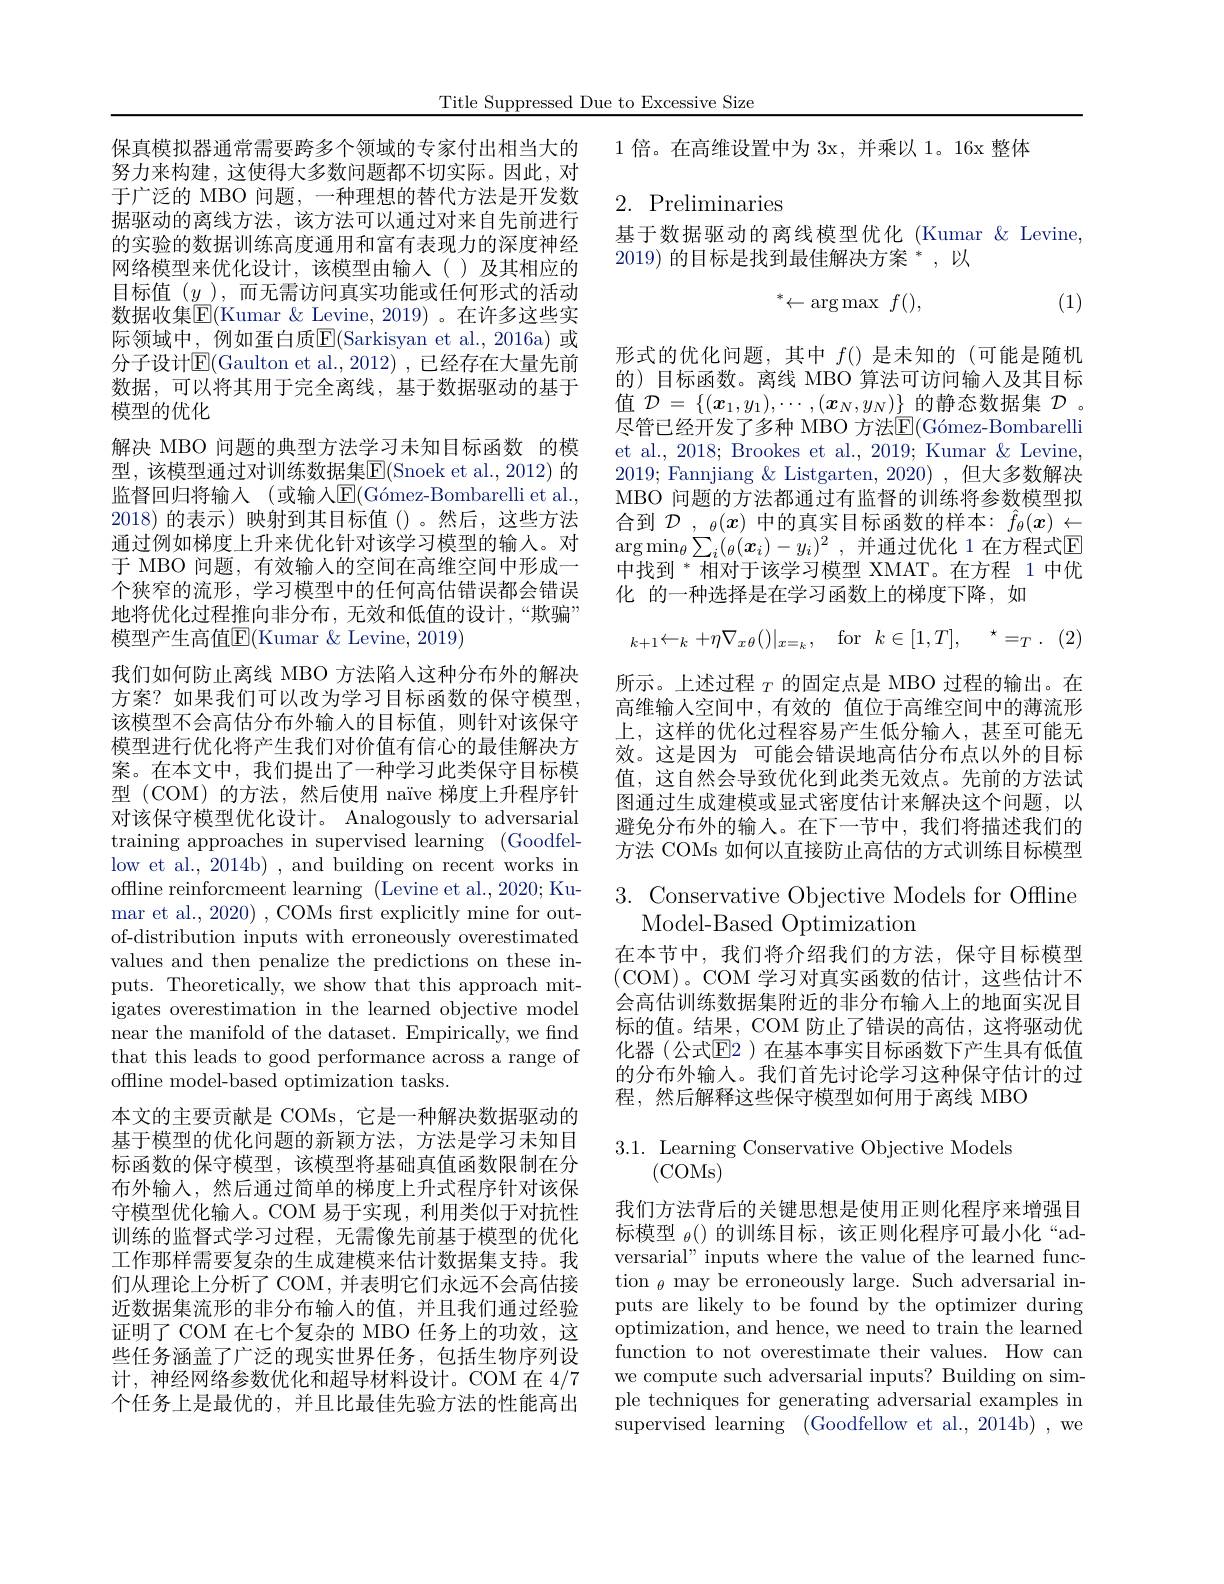
Title Suppressed Due to Excessive Size

1倍。在高维设置中为 3x, 并乘以 1。16x 整体

## 2. Preliminaries

基于数据驱动的离线模型优化 (Kumar & Levine,
$2019)\text{ 的目标是找到最佳解决方案}^*$,以
$$^*\leftarrow\arg\max\:f(),$$
(1)

形式的优化问题，其中$f()$是未知的 (可能是随机的)目标函数。离线 MBO 算法可访问输入及其目标值$\mathcal{D}=\{(x_1,y_1),\cdots,(\boldsymbol{x}_N,y_N)\}$的静态数据集$\mathcal{D}$ 。尽管已经开发了多种 MBO 方法$\mathbb{E} ( \text{G\' {o}mez- Bombarelli}$ et al., 2018; Brookes et al., 2019; Kumar & Levine, 2019; Fannjiang & Listgarten, 2020) ,但大多数解决MBO 问题的方法都通过有监督的训练将参数模型拟合到$\mathcal{D}_\mathrm{~,~\theta}(x)$中的真实目标函数的样本：$\hat{f}_\theta(x)\leftarrow$ $\arg \min _\theta \sum _i( _\theta ( x_i) - y_i) ^2$ ,并通过优化 1 在方程式E 中找到“相对于该学习模型 XMAT。在方程 1 中优化 的一种选择是在学习函数上的梯度下降，如
$$_{k+1}\leftarrow_{k}+\eta\nabla_{x\theta}()|_{x=_{k}},\quad\mathrm{for}\:k\in[1,T],\quad^{\star}=_{T}.$$
所示。上述过程$_T$的固定点是 MBO 过程的输出。在高维输人空间中，有效的 值位于高维空间中的薄流形上，这样的优化过程容易产生低分输入，甚至可能无效。这是因为 可能会错误地高估分布点以外的目标值，这自然会导致优化到此类无效点。先前的方法试图通过生成建模或显式密度估计来解决这个问题，以避免分布外的输入。在下一节中，我们将描述我们的方法 COMs 如何以直接防止高估的方式训练目标模型

保真模拟器通常需要跨多个领域的专家付出相当大的努力来构建，这使得大多数问题都不切实际。因此，对于广泛的 MBO 问题，一种理想的替代方法是开发数据驱动的离线方法，该方法可以通过对来自先前进行的实验的数据训练高度通用和富有表现力的深度神经网络模型来优化设计，该模型由输入()及其相应的目标值$(y$ ),而无需访问真实功能或任何形式的活动数据收集$\boxed{\mathrm{F}}($Kumar & Levine, 2019) 。在许多这些实际领域中，例如蛋白质$\boxed{\mathrm{F}}($Sarkisyan et al.,2016a) 或分子设计$\mathbb{E}($Gaulton et al.,2012),已经存在大量先前数据，可以将其用于完全离线，基于数据驱动的基于模型的优化
解决 MBO 问题的典型方法学习未知目标函数 的模型，该模型通过对训练数据集$\boxed{\mathrm{E}}($Snoek et al.,2012)的监督回归将输入 (或输人$\operatorname { E} ( \text{G\' {o}mez- Bombarellietal. }$, 2018)的表示)映射到其目标值()。然后，这些方法通过例如梯度上升来优化针对该学习模型的输人。对于 MBO 问题，有效输入的空间在高维空间中形成一个狭窄的流形，学习模型中的任何高估错误都会错误地将优化过程推向非分布，无效和低值的设计，“欺骗” 模型产生高值$\mathbb{E}($Kumar &Levine, 2019)
我们如何防止离线 MBO 方法陷人这种分布外的解决方案？如果我们可以改为学习目标函数的保守模型， 该模型不会高估分布外输入的目标值，则针对该保守模型进行优化将产生我们对价值有信心的最佳解决方案。在本文中，我们提出了一种学习此类保守目标模型 (COM)的方法，然后使用 naïve 梯度上升程序针对该保守模型优化设计。Analogously to adversarial training approaches in supervised learning (Goodfellow et al., 2014b) , and building on recent works in offline reinforcmeent learning (Levine et al., 2020; Kumar et al., 2020) , COMs first explicitly mine for outof-distribution inputs with erroneously overestimated values and then penalize the predictions on these inputs. Theoretically, we show that this approach mitigates overestimation in the learned objective model near the manifold of the dataset. Empirically, we find that this leads to good performance across a range of offline model-based optimization tasks.
本文的主要贡献是 COMs, 它是一种解决数据驱动的基于模型的优化问题的新颖方法，方法是学习未知目标函数的保守模型，该模型将基础真值函数限制在分布外输入，然后通过简单的梯度上升式程序针对该保守模型优化输人。COM 易于实现，利用类似于对抗性训练的监督式学习过程，无需像先前基于模型的优化工作那样需要复杂的生成建模来估计数据集支持。我们从理论上分析了 COM,并表明它们永远不会高估接近数据集流形的非分布输入的值，并且我们通过经验证明了 COM 在七个复杂的 MBO 任务上的功效，这些任务涵盖了广泛的现实世界任务，包括生物序列设计，神经网络参数优化和超导材料设计。COM 在 4/7个任务上是最优的，并且比最佳先验方法的性能高出

## 3. Conservative Objective Models for Offline Model- Based Optimization

在本节中，我们将介绍我们的方法，保守目标模型(COM)。COM 学习对真实函数的估计，这些估计不会高估训练数据集附近的非分布输入上的地面实况目标的值。结果，COM 防止了错误的高估，这将驱动优化器(公式$\overline{\mathrm{E}}$2)在基本事实目标函数下产生具有低值的分布外输入。我们首先讨论学习这种保守估计的过程，然后解释这些保守模型如何用于离线 MBO

3.1. Learning Conservative Objective Models
## (COMs)

我们方法背后的关键思想是使用正则化程序来增强目标模型$_\theta($)的训练目标，该正则化程序可最小化“adversarial" inputs where the value of the learned function $_\theta$ may be erroneously large. Such adversarial inputs are likely to be found by the optimizer during optimization, and hence, we need to train the learned function to not overestimate their values. How can we compute such adversarial inputs? Building on simple techniques for generating adversarial examples in supervised learning (Goodfellow et al., 2014b) , we